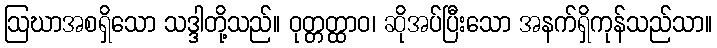
ဩဃာအစရှိသော သဒ္ဒါတို့သည်။ ဝုတ္တတ္ထာဝ၊ ဆိုအပ်ပြီးသော အနက်ရှိကုန်သည်သာ။